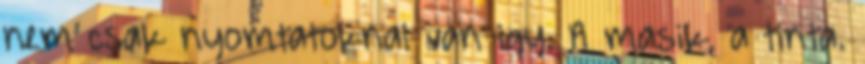
nem csak nyomtatoknal van igy. A masik, a tinta.